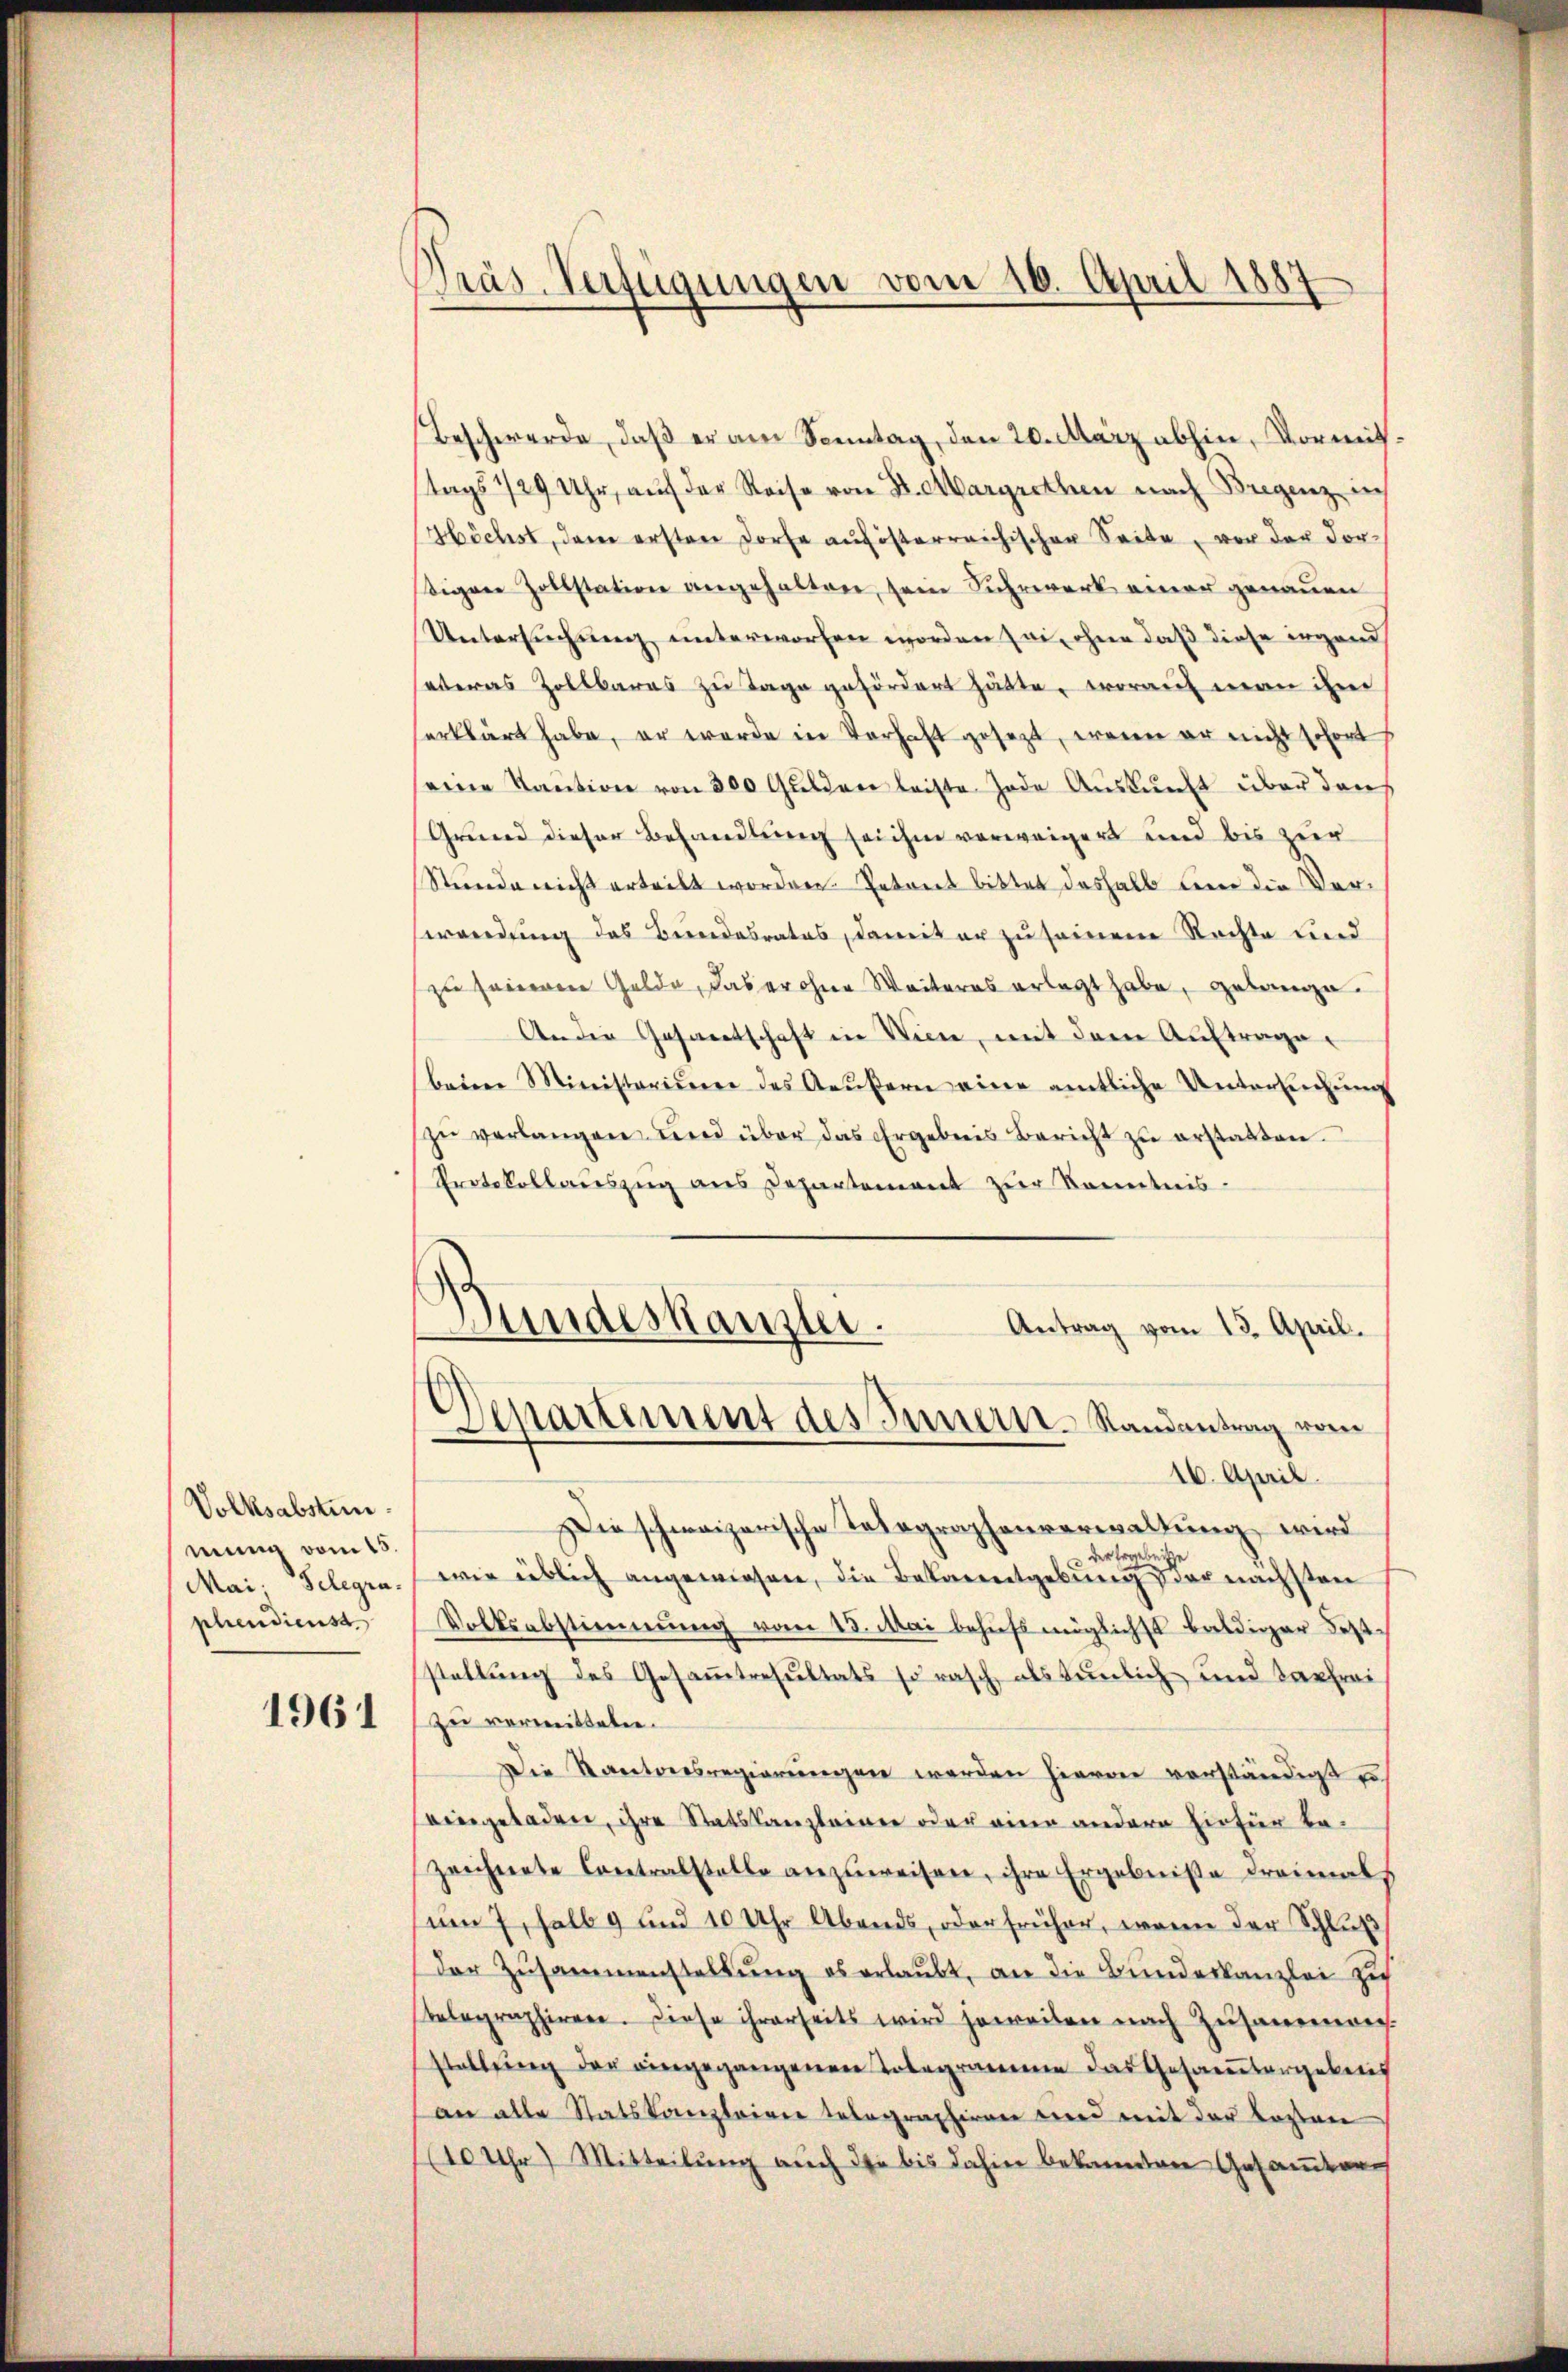
Volksabsten.
mung vom 15
Mai. Gelegra
phendienst

1961

Präs. Verfügungen vom 16. April 1887

Beschwerde, daß er am Sonntag, den 20. März abhin, Vormitstags 129 Uhr, auf der Reise von Dr. Margrethen nach Bregenz i
Höchst, den ersten Dorfe aufösterreichischen Seite, vor der dorsigen Zollstation angehalten, sein Fuhrwerk einer genauen
Untersuchung unterworfen worden sei, ohne daß diese irgend
etwas Zollbares zu Tage gefördert hätte, worauf man ihm
erklärt habe, er werde in Verhaft gesezt, wenn er nicht schont
eine Kaution von 300 Gulden leiste Tode Auskunft über dans
Grund dieser Behandlung sei ihm vorweigert und bis zur
Stunde nicht erteilt worden. Entreet bittet deshalb keine die Verwendung des Bundesrates, damit er zu seinem Rechte und
zu seineren Gelde, das er ohne Weiteres erlegt habe, gelange.
An die Gesamtschaft in Wien, mit dem Auftrage
beim Ministerium des Aeußern eine amtliche Untersuchung
zŭ verlangen und über das Ergebnis Bericht zŭ erstatten.
Protokollauszug aus Departement zur Kenntnis-
)
Gundeskanzler.
Antrag vom 13. April.
.
Departiment des Innern-Randantrag vom
16. April.
Die schweizerische Telegraphenverwaltung wird
der Ergebnisse
wir üblich angewiesen, die Bekanntgebung der nächsten
Volksabstimmung vom 15. Mai behufs möglichst baldiger Feststellung des Gesammtresultats so rasch als tunlich und darfrei
zu vermeisteten.
Die Kantonsregierungen werden hievon vorständigt u.
eingeladen, ihre Statskanzleinen oder eine andere Einfür bezeichnete Contralstelle anzŭweisen, ihre Ergebniße dreimal
um 7, salb 9 und 10 Uhr Abends, oder früher, wenn der Schluß
Der Zusammenstellung es erlaubt, an die Bundeskanzlei zu
belegraphiren. Diese ihrerseits wird jeweilen nach Zusammen.
stellung der eingegangenen Tobegramme das Gesamtergebens
an alle Statskanzleien telegraphiren wird mit der Lasten
(10 Uhr) Mitteilung auch die bis dahin bekannten Gesamtang